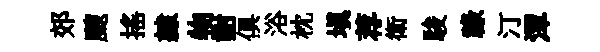
郊颼摇隷物謝俱浴枕塡荐衛駿祿汀潭